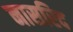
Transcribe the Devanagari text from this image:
नासरिद